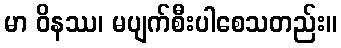
မာ ဝိနဿ၊ မပျက်စီးပါစေသတည်း။